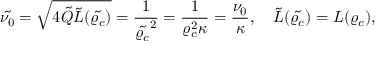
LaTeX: \tilde { \nu _ { 0 } } = \sqrt { 4 \tilde { Q } \tilde { L } ( \tilde { \varrho _ { c } } ) } = \frac { 1 } { \tilde { \varrho _ { c } } ^ { 2 } } = \frac { 1 } { \varrho _ { c } ^ { 2 } \kappa } = \frac { \nu _ { 0 } } { \kappa } , \quad \tilde { L } ( \tilde { \varrho _ { c } } ) = L ( \varrho _ { c } ) ,